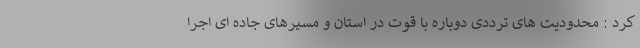
کرد : محدودیت های ترددی دوباره با قوت در استان و مسیرهای جاده ای اجرا